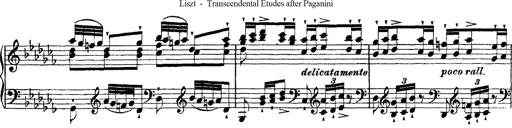
Title: Ã‰tudes d'exÃ©cution transcendante d'aprÃ¨s Paganini
Composer: Franz Liszt